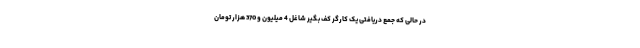
در حالی که جمع دریافتی یک کارگر کف بگیر شاغل 4 میلیون و 370 هزار تومان